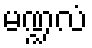
မဏ္ဍလံ